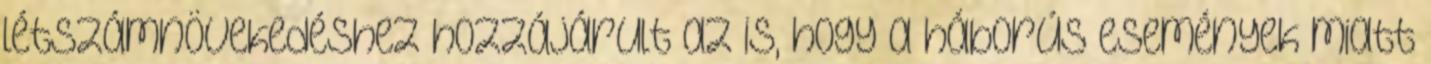
létszámnövekedéshez hozzájárult az is, hogy a háborús események miatt